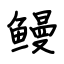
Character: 鳗